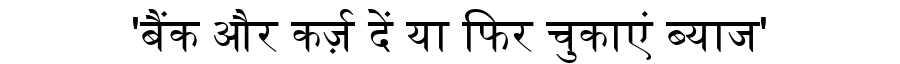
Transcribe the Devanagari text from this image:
'बैंक और कर्ज़ दें या फिर चुकाएं ब्याज'